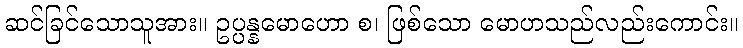
ဆင်ခြင်သောသူအား။ ဥပ္ပန္နမောဟော စ၊ ဖြစ်သော မောဟသည်လည်းကောင်း။